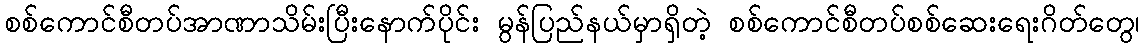
စစ်ကောင်စီတပ်အာဏာသိမ်းပြီးနောက်ပိုင်း မွန်ပြည်နယ်မှာရှိတဲ့ စစ်ကောင်စီတပ်စစ်ဆေးရေးဂိတ်တွေ၊